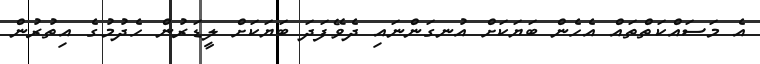
އެ މަސައްކަތްތައް އެހެން ބަޔަކަށް އުނގަންނައި ދެވޭފަދަ ބަޔަކަށް ލީޑަރުން ހެދުމުގެ އިތުރުން